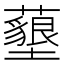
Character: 𮒰